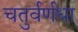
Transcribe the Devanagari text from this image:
चतुर्वर्णधा